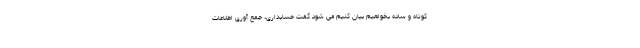
کوتاه و ساده بخواهیم بیان کنیم می شود گفت حسابداری، جمع آوری اطلاعات